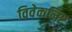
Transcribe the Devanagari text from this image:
विवेकनिष्ट